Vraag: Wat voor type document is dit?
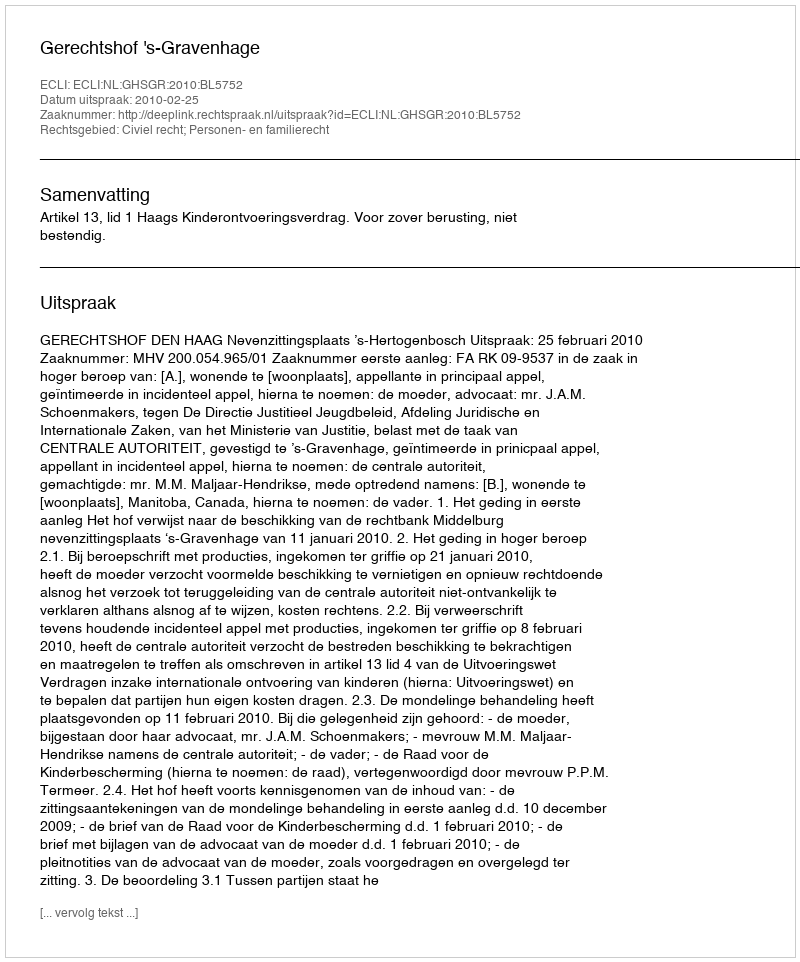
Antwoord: Uitspraak